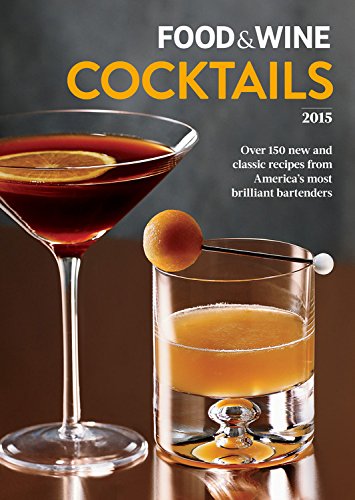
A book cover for Food & Wine Cocktails 2015; Food & Wine; Cookbooks, Food & Wine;